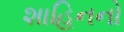
શાહિનનો